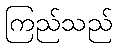
ကြည်သည်